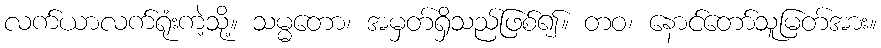
လက်ယာလက်ရုံးကဲ့သို့။ သမ္မတော၊ အမှတ်ရှိသည်ဖြစ်၍။ တဝ၊ နောင်တော်သူမြတ်အား။